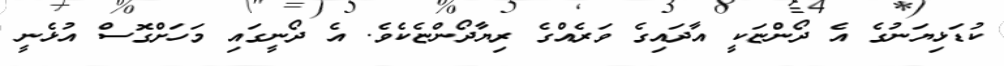
ކުޑަޅިޔަނުގެ އެ ދޯންޏަކީ އާދައިގެ ވަރެއްގެ ރިޔާދޯންޏެކެވެ. އެ ދޯނީގައި މަހަށްގޮސް އުޅެނީ